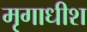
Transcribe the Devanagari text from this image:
मृगाधीश